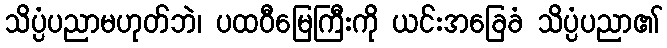
သိပ္ပံပညာမဟုတ်ဘဲ၊ ပထဝီမြေကြီးကို ယင်းအခြေခံ သိပ္ပံပညာ၏